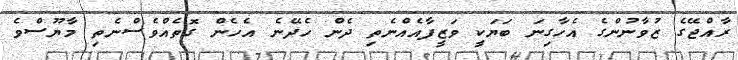
ރާއްޖޭގެ ޒުވާނުންގެ އެހާގިނަ ބަޔަކީ ވަޒީފާއެއްނެތި ދެން ހެދޭނެ އެހެން ގޮތެއްވެސްނެތި މާޔޫސްވެ